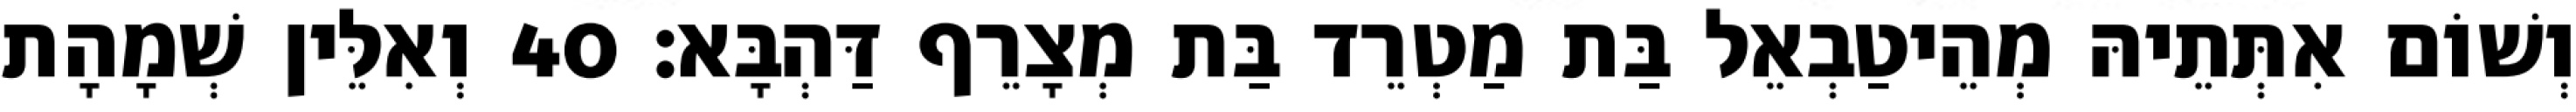
וְשׁוֹם אִתְּתֵיהּ מְהֵיטַבְאֵל בַּת מַטְרֵד בַּת מְצָרֵף דַּהְבָּא׃ 40 וְאִלֵּין שְׁמָהָת